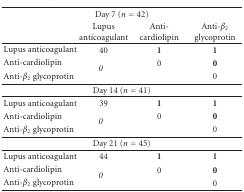
<table><thead><tr><td colspan="4"><b>Day 7 (<i>n</i> = 42)</b></td></tr><tr><td><b> </b></td><td><b>Lupus anticoagulant</b></td><td><b>Anti-cardiolipin</b></td><td><b>Anti-<i>β</i><sub>2</sub> glycoprotin</b></td></tr></thead><tbody><tr><td>Lupus anticoagulant</td><td>40</td><td><b>1</b></td><td><b>1</b></td></tr><tr><td>Anti-cardiolipin</td><td rowspan="2"><i>0 </i></td><td>0</td><td><b>0</b></td></tr><tr><td>Anti-<i>β</i><sub>2</sub> glycoprotin</td><td> </td><td>0</td></tr><tr><td colspan="4">Day 14 (<i>n</i> = 41)</td></tr><tr><td>Lupus anticoagulant</td><td>39</td><td><b>1</b></td><td><b>1</b></td></tr><tr><td>Anti-cardiolipin</td><td rowspan="2"><i>0 </i></td><td>0</td><td><b>0</b></td></tr><tr><td>Anti-<i>β</i><sub>2</sub> glycoprotin</td><td> </td><td>0</td></tr><tr><td colspan="4">Day 21 (<i>n</i> = 45)</td></tr><tr><td>Lupus anticoagulant</td><td>44</td><td><b>1</b></td><td><b>1</b></td></tr><tr><td>Anti-cardiolipin</td><td rowspan="2"><i>0 </i></td><td>0</td><td><b>0</b></td></tr><tr><td>Anti-<i>β</i><sub>2</sub> glycoprotin</td><td> </td><td>0</td></tr></tbody></table>